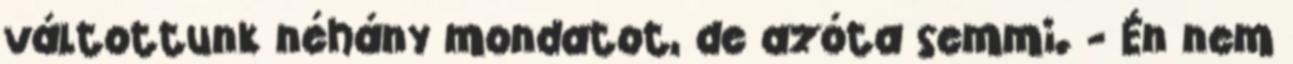
váltottunk néhány mondatot, de azóta semmi. - Én nem